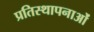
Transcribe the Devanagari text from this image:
प्रतिस्थापनाओं